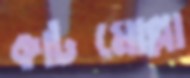
কাটমোল্লা